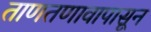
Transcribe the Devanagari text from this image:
ताणतणावापासून